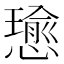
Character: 𢢭